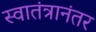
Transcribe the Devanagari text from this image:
स्वातंत्रानंतर